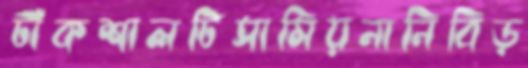
টাঁকশালটিসামিয়নানিবিড়